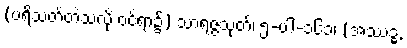
(ပရိသတ်တဲသလို့ ဝင်ရာ၌) သာရဇ္ဇသုတ်၊ ၅-ပါ-၁၆၁၊ (အဿဒ္ဓ,